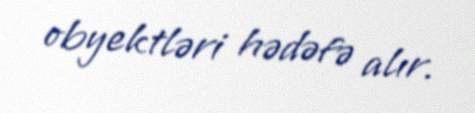
obyektləri hədəfə alır.